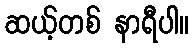
ဆယ့်တစ် နာရီပါ။